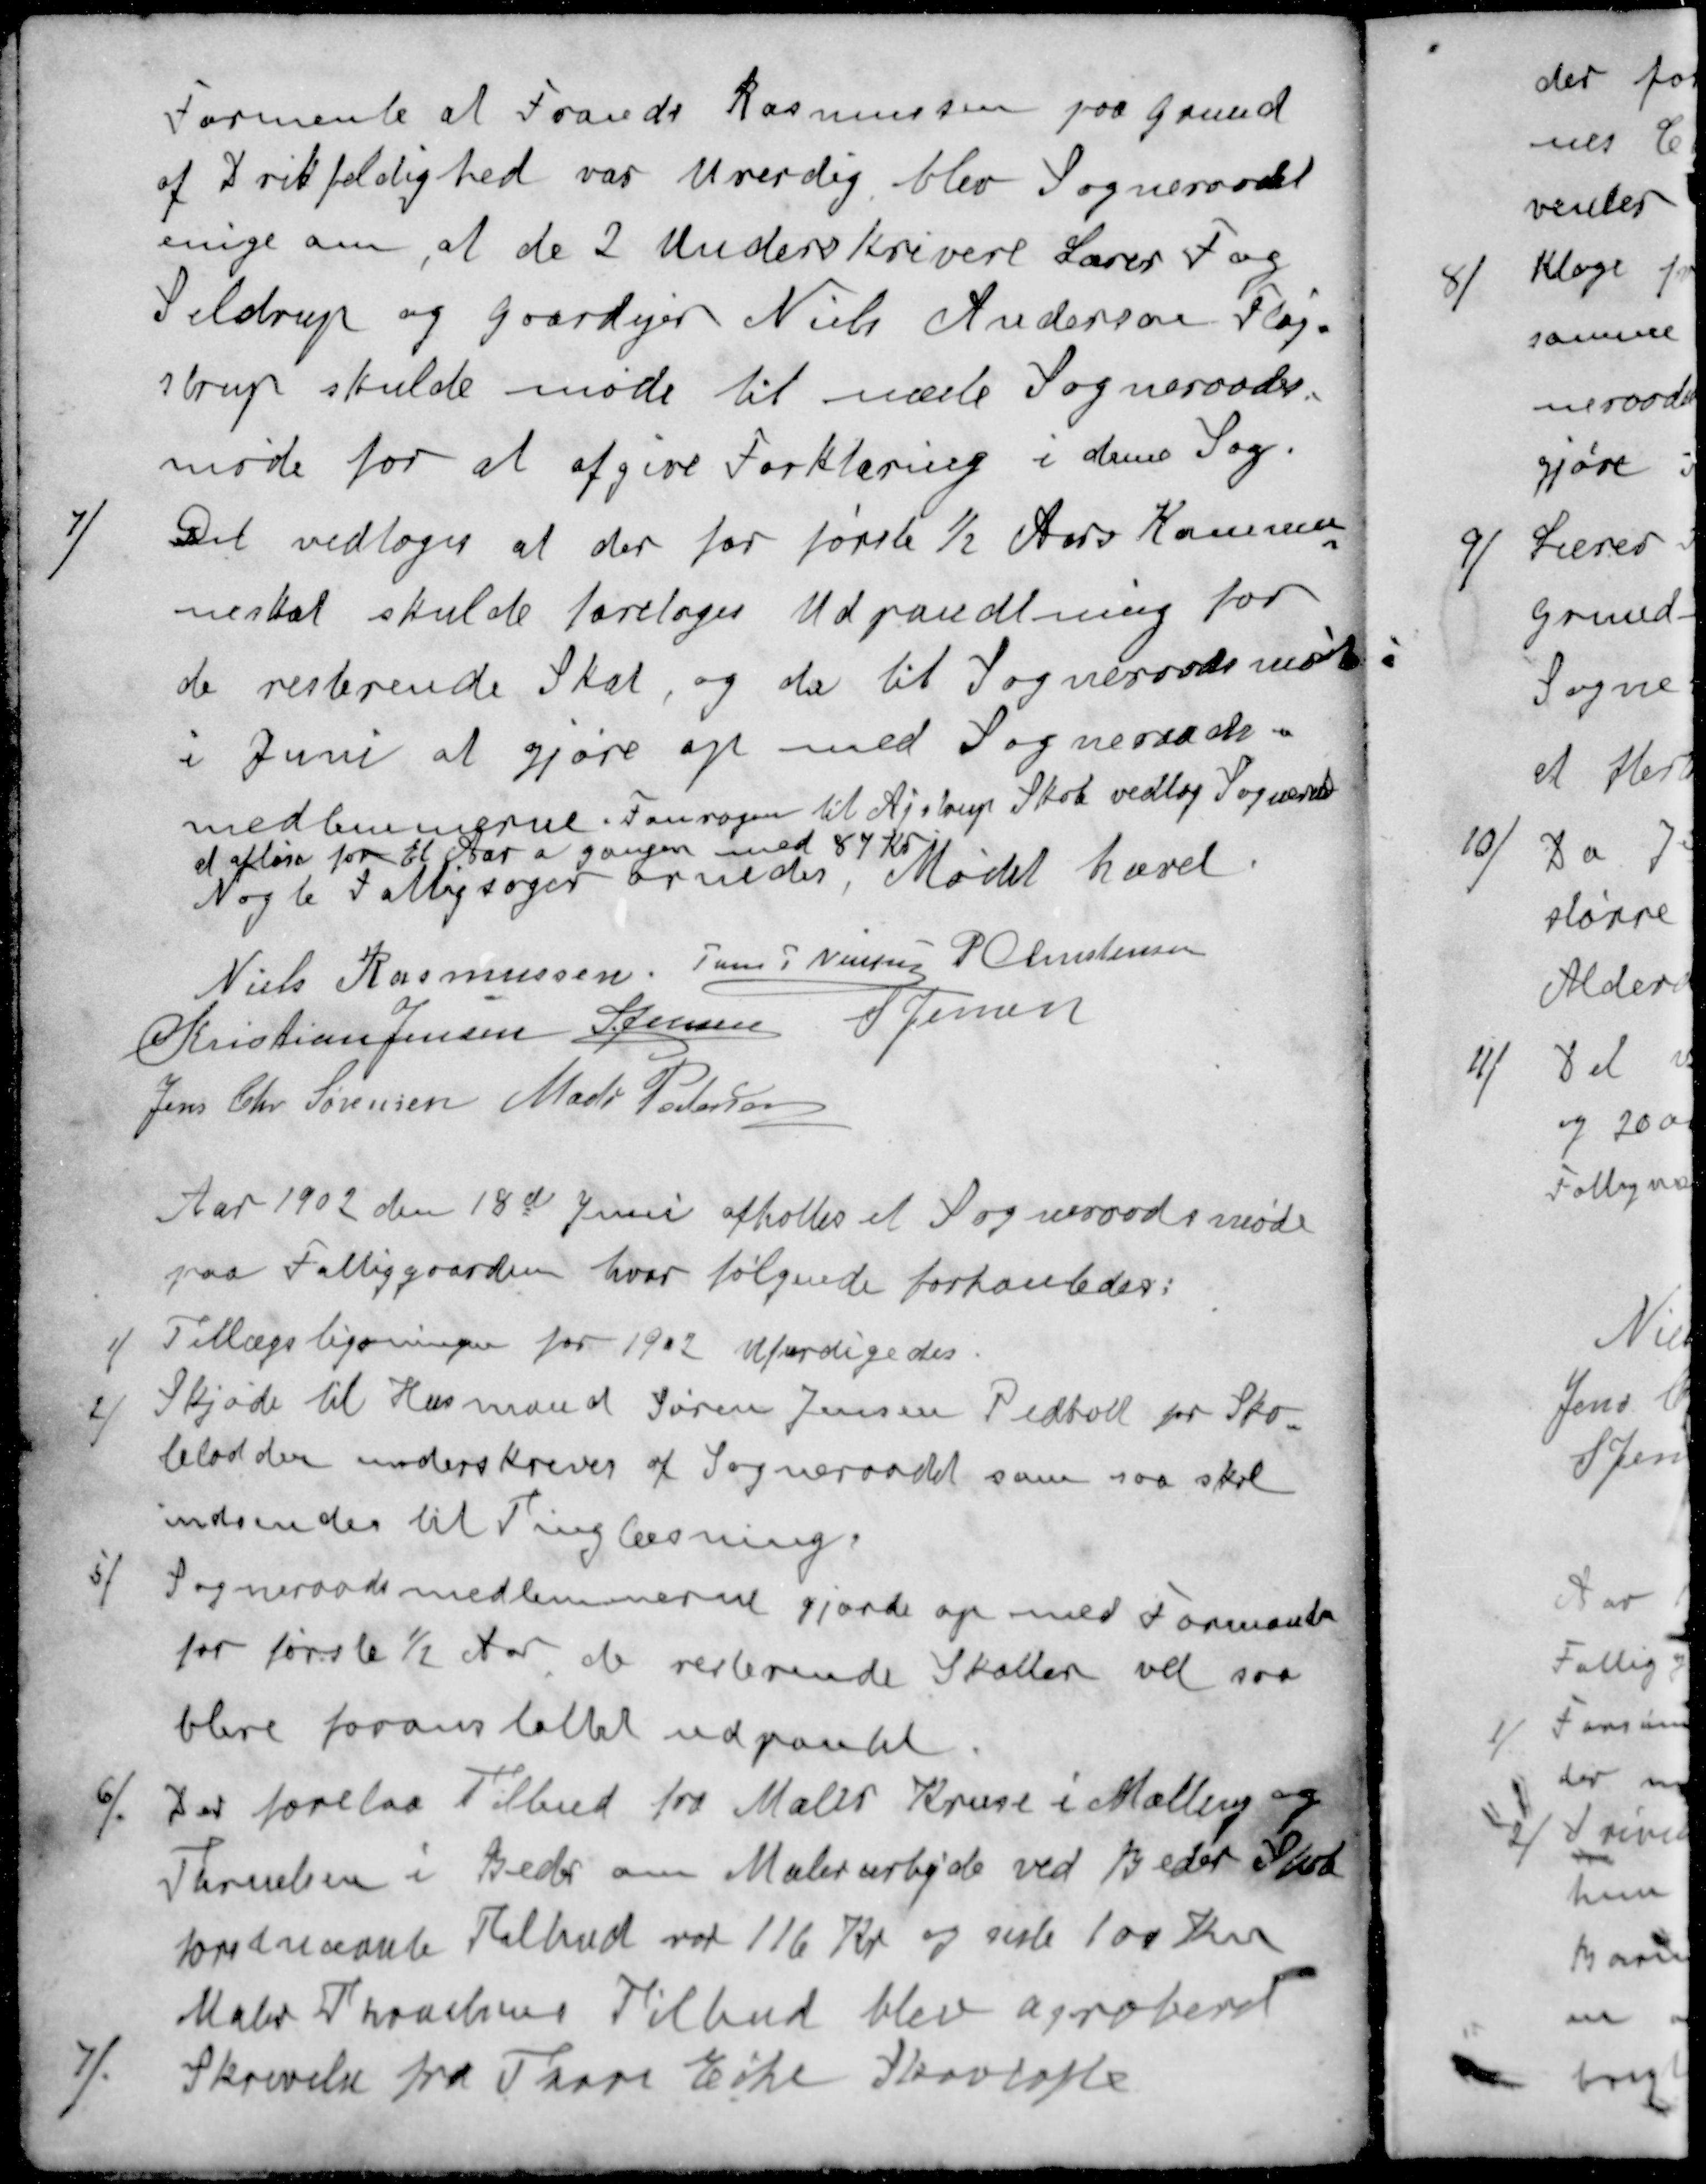
Transskription:
Formente at Frands Rasmussen paa Grund
af Drikfeldighed var Uverdig blev Sogneraadet
enige om, at de 2 Underskrivere Lærer Fog
Seldrup og Gaardejer Niels Andersen Fløj-
strup skulde møde til næste Sogneraads-
møde for at afgive Forklaring i denne Sag.
4 / Det vedtoges at der for første ½ Aars Kommu-
neskat skulde foretoges Udpantning for
de resterende Skat, og da til Sogneraadsmøde.
i Juni at gjøre op med Sogneraads-
medlemmerne. Fanrogen til Ajstrup Skole vedtog Sognerådet
at afløn for Et Aar a gangen med 84 Kr.
Nogle Fattigsager ornedes Mødet hævet
Niels Rasmussen
Jens P Nielsen
P Christensen
Kristian Jensen 
S Jensen
S Jensen
Jens Chr. Sørensen
Mads Pedersen
Aar 1902 den 18d Juni afholtes et Sogneraadsmøde
paa Fattiggaarden hvor følgende forhanledes:
1 / Tillægsligningen for 1902 Ufærdigedes.
2 / Skjøde til Husmand Søren Jensen Pedholt for Sko-
lelodden underskrevet af Sogneraadet som saa skal
indsendes til Tinglæsning
5 / Sogneraadsmedlemmerne gjorde op med Formand
for første ½ Aar de resterende Skatter vil saa
blive foranstaltet udpantet 
6 / Der forelaa Tilbud fra Maler Kruse i Malling og
Thruelsen i Beder om Malerarbejde ved Beder Skole
forudnævnte Tilbud var 116 Kr og siste 100 Kr
Maler Thomsens Tilbud blev aproberet
Skrivelse fra Thore Eske Skovtofte